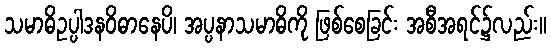
သမာဓိဥပ္ပါဒနဝိဓာနေပိ၊ အပ္ပနာသမာဓိကို ဖြစ်စေခြင်း အစီအရင်၌လည်း။